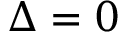
\Delta = 0